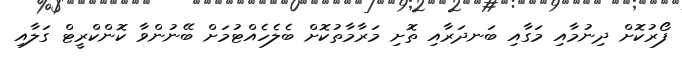
ފޯރުކޮށް ދިނުމާއި މަގާއި ބަނދަރާއި ތޮށި މަރާމާތުކޮށް ބެލެހެއްޓުމަށް ބޭނުންވާ ކޮންކްރީޓް ގަލާއި